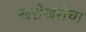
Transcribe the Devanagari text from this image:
खरोखरीचा